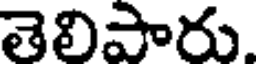
తెలిపారు.